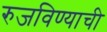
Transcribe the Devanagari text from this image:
रुजविण्याची